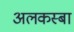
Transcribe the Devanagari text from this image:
अलकस्बा